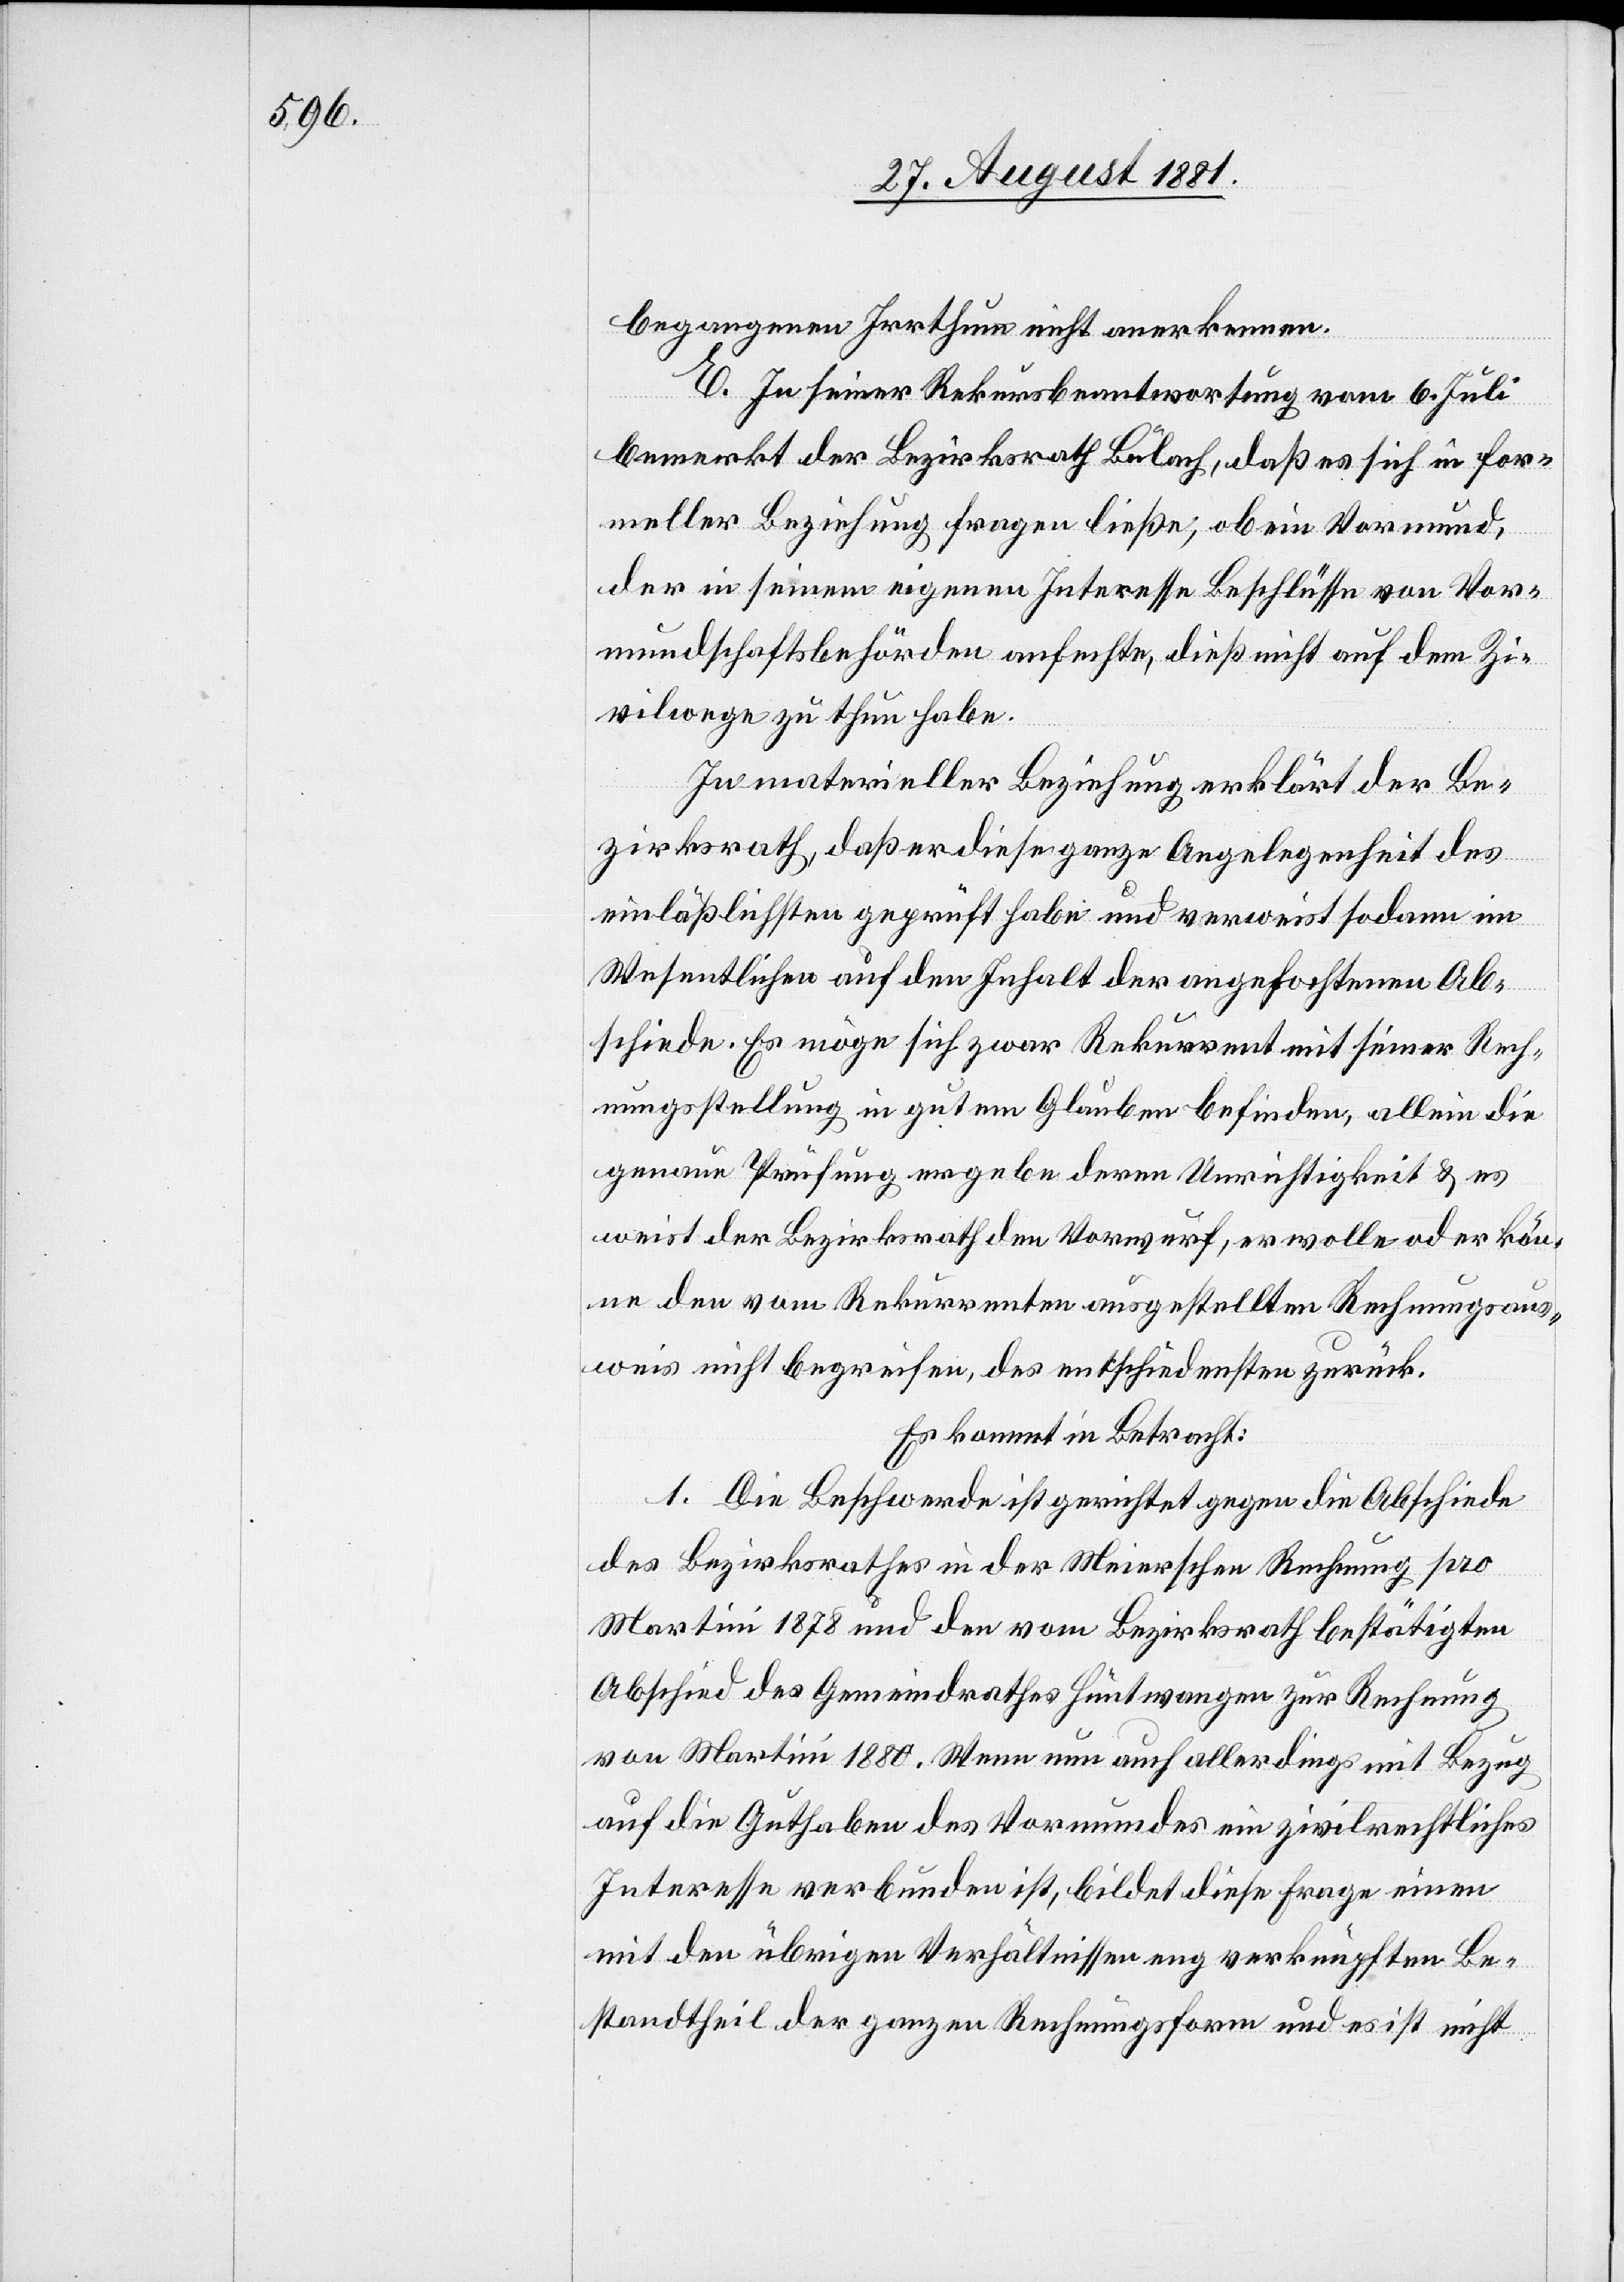
begangenen Irrthum nicht anerkennen.
E. In seiner Rekursbeantwortung vom 6. Juli
bemerkt der Bezirksrath Bülach, daß es sich in for¬
meller Beziehung fragen ließe, ob ein Vormund,
der in seinem eigenen Interesse Beschlüsse von Vor¬
mundschaftsbehörden anfechte, dieß nicht auf dem Zi¬
vilwege zu thun habe.
In materieller Beziehung erklärt der Be¬
zirksrath, daß er diese ganze Angelegenheit des
einläßlichsten geprüft habe und verweist sodann im
Wesentlichen auf den Inhalt der angefochtenen Ab¬
schiede. Es möge sich zwar Rekurrent mit seiner Rech¬
nungsstellung in gutem Glauben befinden, allein die
genaue Prüfung ergebe deren Unrichtigkeit & es
weist der Bezirksrath den Vorwurf, er wolle oder kön¬
ne den vom Rekurrenten ausgestellten Rechnungsaus¬
weis nicht begreifen, des entschiedensten zurück.
Es kommt in Betracht:
1. Die Beschwerde ist gerichtet gegen die Abschiede
des Bezirksrathes in der Meierschen Rechnung pro
Martini 1878 und den vom Bezirksrath bestätigten
Abschied des Gemeindrathes Hüntwangen zur Rechnung
von Martini 1880. Wenn nun auch allerdings mit Bezug
auf die Guthaben des Vormundes ein zivilrechtliches
Interesse verbunden ist, bildet diese Frage einen
mit den übrigen Verhältnissen eng verknüpften Be¬
standtheil der ganzen Rechnungsform und es ist nicht